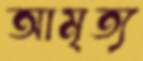
আমৃত্য